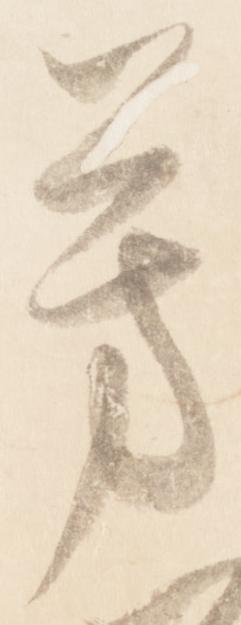
芳